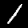
Digit: 1